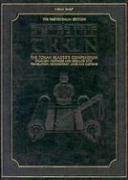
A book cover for The Kestenbaum Edition Tikkun: The Torah Reader's Compendium (Artscroll); Rabbi Avie Gold; Religion & Spirituality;